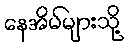
နေအိမ်များသို့